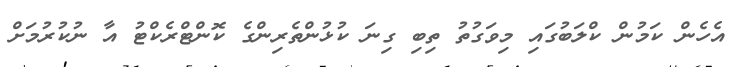
އެހެން ކަމުން ކްލަބުގައި މިވަގުތު ތިބި ގިނަ ކުޅުންތެރިންގެ ކޮންޓްރެކްޓު އާ ނުކުރުމަށް